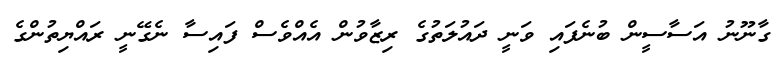
ގާނޫނު އަސާސީން ބުނެފައި ވަނީ ދައުލަތުގެ ރިޒާވުން އެއްވެސް ފައިސާ ނެގޭނީ ރައްޔިތުންގެ